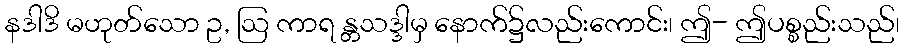
နဒါဒိ မဟုတ်သော ဥ, ဩ ကာရ န္တသဒ္ဒါမှ နောက်၌လည်းကောင်း၊ ဤ- ဤပစ္စည်းသည်၊